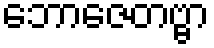
ဘောဇေတဗ္ဗာ